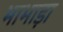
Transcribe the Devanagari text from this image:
भाभाड़ा